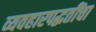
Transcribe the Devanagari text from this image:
व्यवहारपद्धतींचा